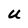
Character: u